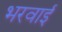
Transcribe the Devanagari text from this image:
भरवाई